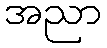
အညာ